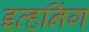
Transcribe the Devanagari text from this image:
इव्हनिंग